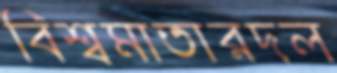
বিশ্বমাতারদল